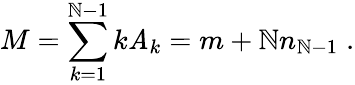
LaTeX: M=\sum_{k=1}^{\mathbb{N}-1}k\mathit{A}_{k}=m+\mathbb{N}n_{\mathbb{N}-1}\; .